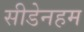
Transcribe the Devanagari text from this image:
सीडेनहम